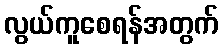
လွယ်ကူစေရန်အတွက်